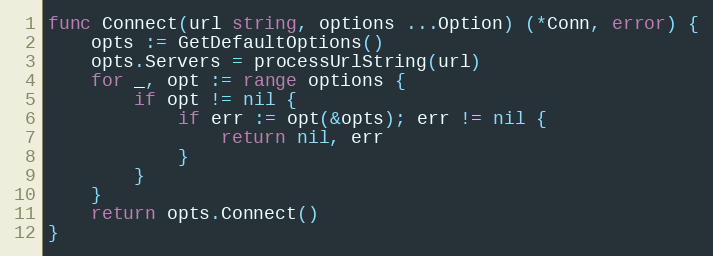
Language: Go
func Connect(url string, options ...Option) (*Conn, error) {
	opts := GetDefaultOptions()
	opts.Servers = processUrlString(url)
	for _, opt := range options {
		if opt != nil {
			if err := opt(&opts); err != nil {
				return nil, err
			}
		}
	}
	return opts.Connect()
}